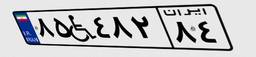
۸۵W۴۸۲۸۴